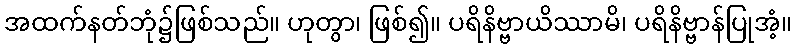
အထက်နတ်ဘုံ၌ဖြစ်သည်။ ဟုတွာ၊ ဖြစ်၍။ ပရိနိဗ္ဗာယိဿာမိ၊ ပရိနိဗ္ဗာန်ပြုအံ့။